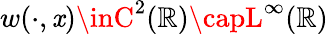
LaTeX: w(\cdot,\mathit{x})\inC^{2}(\mathbb{{R}})\capL^{\infty}(\mathbb{{R}})